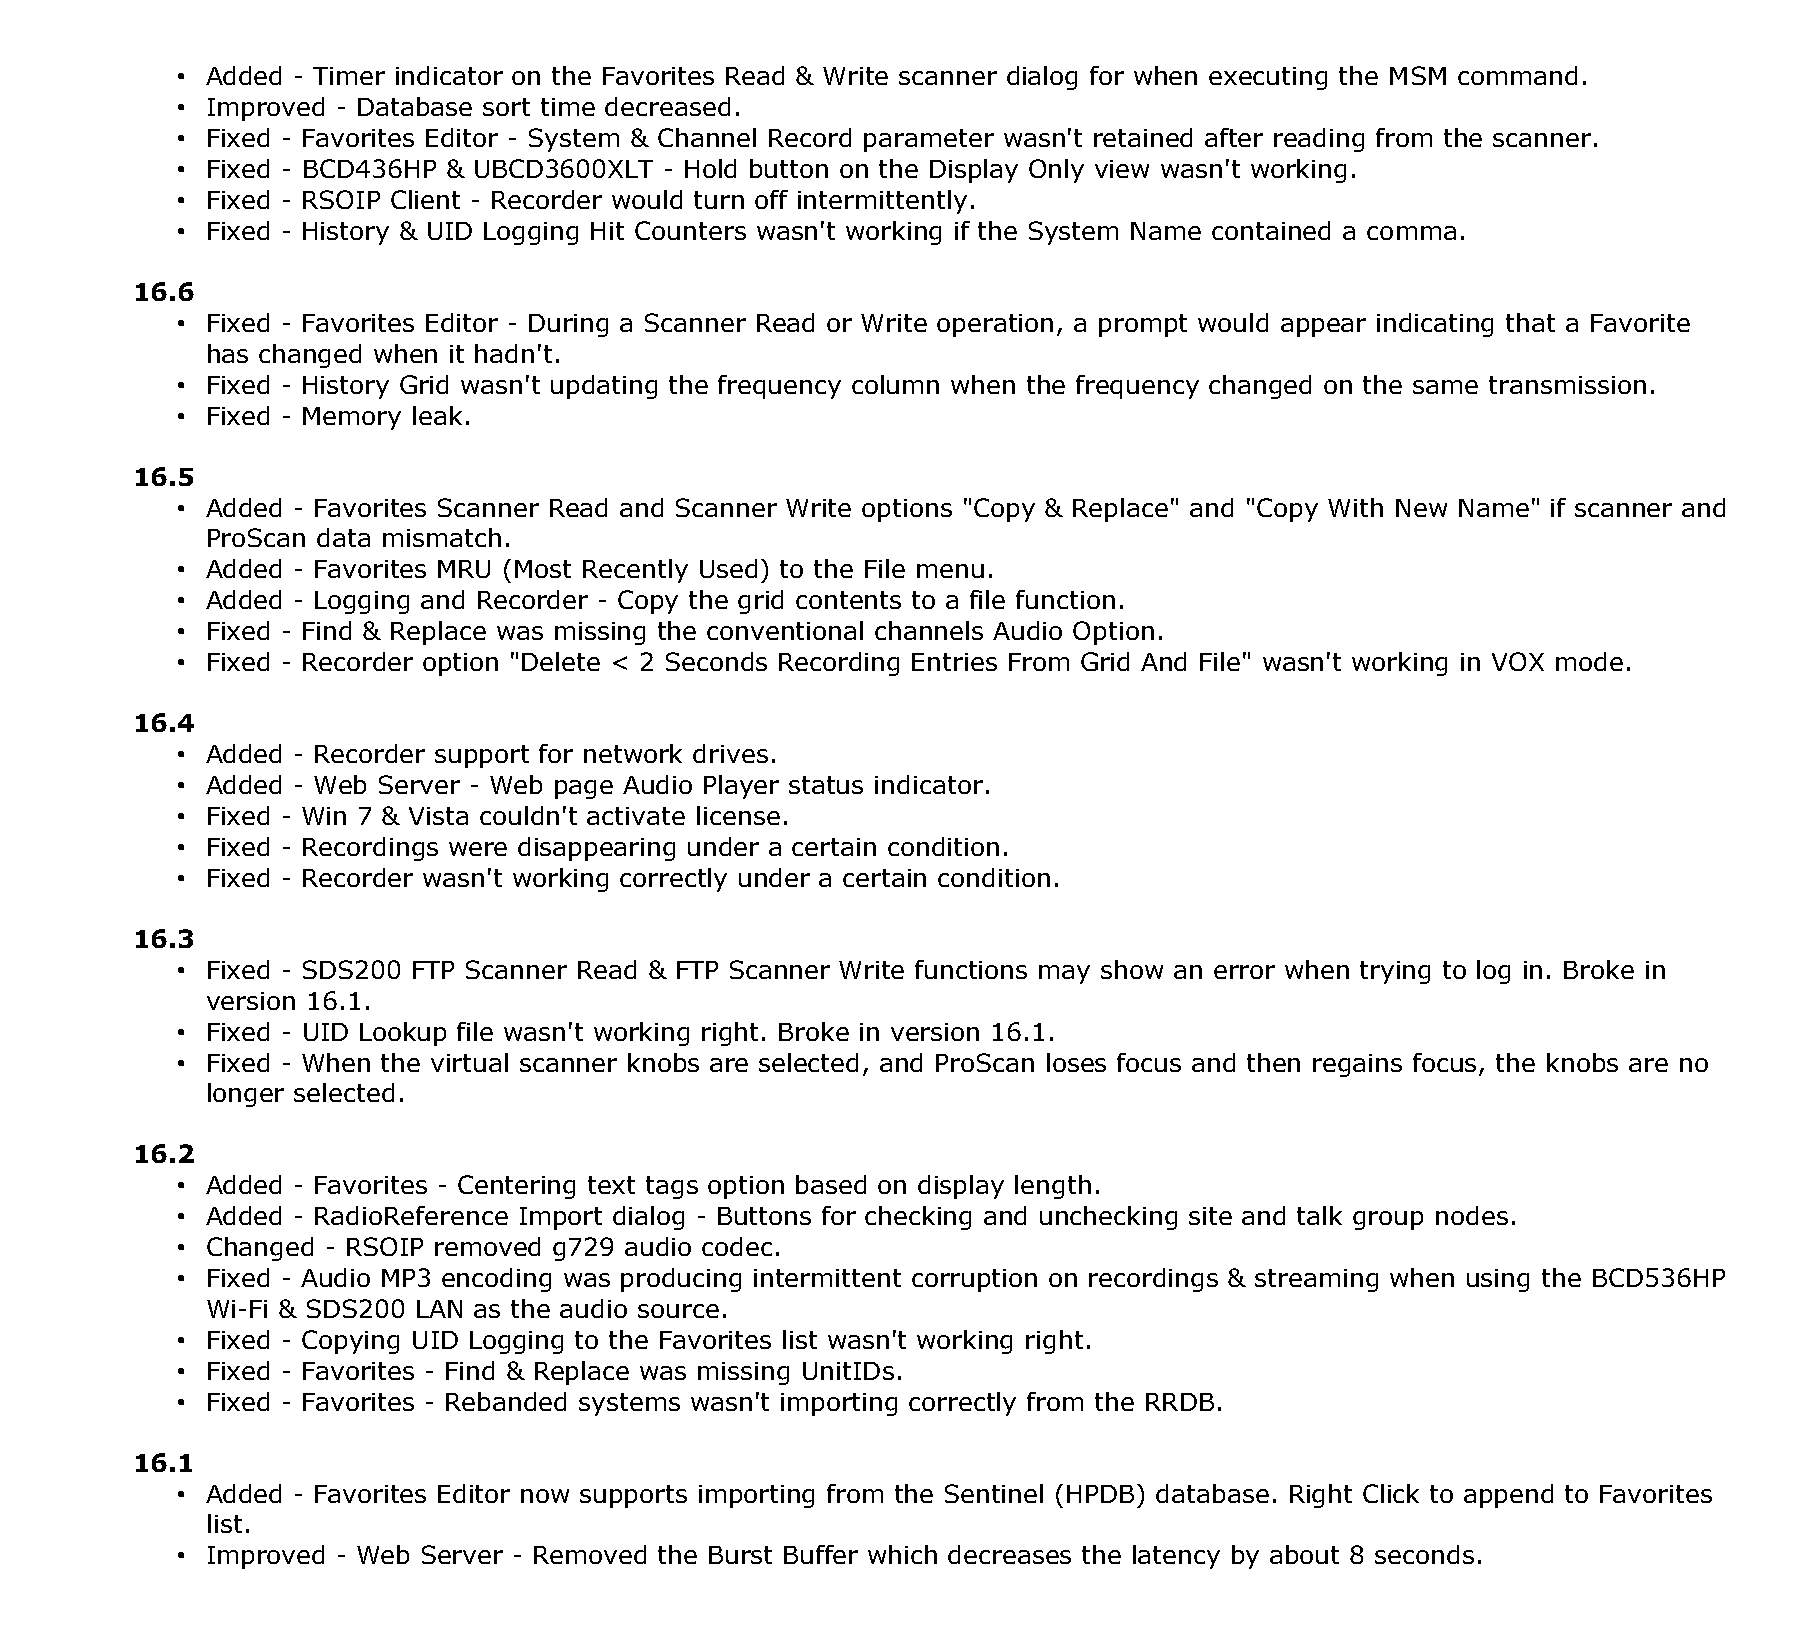
• Added - Timer indicator on the Favorites Read & Write scanner dialog for when executing the MSM command.
 • Improved - Database sort time decreased.
 • Fixed - Favorites Editor - System & Channel Record parameter wasn't retained after reading from the scanner.
 • Fixed - BCD436HP & UBCD3600XLT - Hold button on the Display Only view wasn't working.
 • Fixed - RSOIP Client - Recorder would turn off intermittently.
 • Fixed - History & UID Logging Hit Counters wasn't working if the System Name contained a comma.
 16.6
 • Fixed - Favorites Editor - During a Scanner Read or Write operation, a prompt would appear indicating that a Favorite
 has changed when it hadn't.
 • Fixed - History Grid wasn't updating the frequency column when the frequency changed on the same transmission.
 • Fixed - Memory leak.
 16.5
 • Added - Favorites Scanner Read and Scanner Write options "Copy & Replace" and "Copy With New Name" if scanner and
 ProScan data mismatch.
 • Added - Favorites MRU (Most Recently Used) to the File menu.
 • Added - Logging and Recorder - Copy the grid contents to a file function.
 • Fixed - Find & Replace was missing the conventional channels Audio Option.
 • Fixed - Recorder option "Delete < 2 Seconds Recording Entries From Grid And File" wasn't working in VOX mode.
 16.4
 • Added - Recorder support for network drives.
 • Added - Web Server - Web page Audio Player status indicator.
 • Fixed - Win 7 & Vista couldn't activate license.
 • Fixed - Recordings were disappearing under a certain condition.
 • Fixed - Recorder wasn't working correctly under a certain condition.
 16.3
 • Fixed - SDS200 FTP Scanner Read & FTP Scanner Write functions may show an error when trying to log in. Broke in
 version 16.1.
 • Fixed - UID Lookup file wasn't working right. Broke in version 16.1.
 • Fixed - When the virtual scanner knobs are selected, and ProScan loses focus and then regains focus, the knobs are no
 longer selected.
 16.2
 • Added - Favorites - Centering text tags option based on display length.
 • Added - RadioReference Import dialog - Buttons for checking and unchecking site and talk group nodes.
 • Changed - RSOIP removed g729 audio codec.
 • Fixed - Audio MP3 encoding was producing intermittent corruption on recordings & streaming when using the BCD536HP
 Wi-Fi & SDS200 LAN as the audio source.
 • Fixed - Copying UID Logging to the Favorites list wasn't working right.
 • Fixed - Favorites - Find & Replace was missing UnitIDs.
 • Fixed - Favorites - Rebanded systems wasn't importing correctly from the RRDB.
 16.1
 • Added - Favorites Editor now supports importing from the Sentinel (HPDB) database. Right Click to append to Favorites
 list.
 • Improved - Web Server - Removed the Burst Buffer which decreases the latency by about 8 seconds.